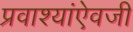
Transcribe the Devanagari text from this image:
प्रवाश्यांऐवजी